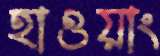
হাওয়াং